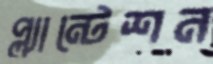
প্ল্যান্টেশন